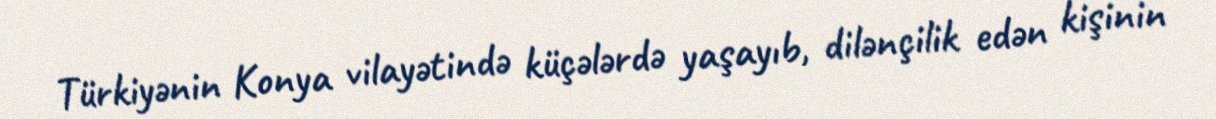
Türkiyənin Konya vilayətində küçələrdə yaşayıb, dilənçilik edən kişinin